Civil Veterinary Department Bihar reports 1940-50 - 1940-1950
Year: 1940
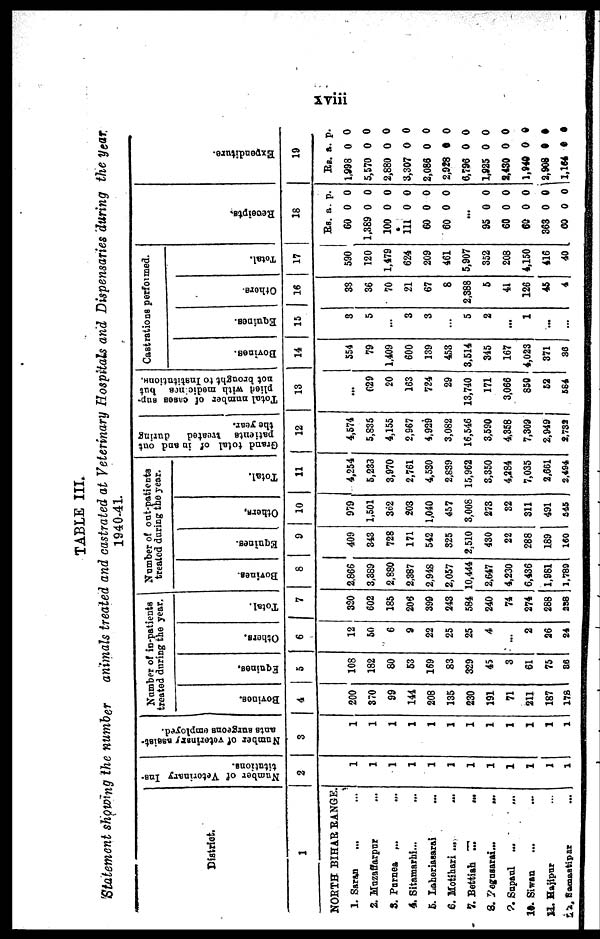
xviii
TABLE III.
Statement showing the number
animals treated and castrated at Veterinary Hospitals and Dispensaries during the year.
1940-41.
District.
1
NORTH BIHAR RANGE.
1. Saran
... …
2. Muzaffarpur …
3. Purnea … …
4. Sitamarhi... …
5. Laheriasarai …
6. Motihari ... …
7. Bettiah ...
...
8. Begusarai... …
9. Supaul …
10. Siwan … …
11. Hajipur …
12. Samastipur …
Number of Veterinary Ins-
titutions.
2
1
1
1
1
1
1
1
1
1
1
1
1
Number of veterinary assist-
ants surgeons employed.
3
1
1
1
1
1
1
1
1
1
1
1
1
Number of in-patients
treated during the year.
Bovines
4
200
370
99
144
208
135
230
191
71
211
187
178
Equines.
5
108
182
80
53
169
83
329
45
3
61
75
86
Others.
6
12
50
6
9
22
25
25
4
…
2
26
24
Total.
7
320
602
185
206
399
243
584
240
74
274
288
358
Number of out-patients
treated during the year.
Bovines
8
2.866
3,389
2,880
2,387
2,948
2,057
10,444
2,647
4,230
6,436
1,981
1,789
Equines.
9
409
343
728
171
542
325
2,510
430
22
288
189
160
Others.
10
979
1,501
362
203
1,040
457
3,008
273
32
311
491
345
Total.
11
4,254
5,233
3,970
2,761
4,530
2,839
15,962
3,350
4,284
7,035
2,661
2,494
Grand total of in and out
patients
treated
during
the year.
12
4,574
5,835
4,155
2,967
4,929
3,082
16,546
3,590
4,358
7,309
2,949
2,732
Total number of cases sup-
plied with medicines but
not brought to InatitatiouH.
13
...
629
20
163
724
29
13,740
171
3,066
850
52
684
Castrations performed.
Bovines.
14
554
79
1,409
600
139
453
3,514
345
167
4,023
371
86
Equines.
15
3
5
...
3
3
…
5
2
...
1
…
…
Others.
16
33
36
70
21
67
8
2,388
5
41
126
45
4
Total.
17
590
120
1,479
624
209
461
5,907
352
208
4,150
416
40
Receipts.
18
Rs. a. p.
60 0 0
1,389 0 0
100 0 0
111 0 0
60 0 0
60 0 0
...
95 0 0
60 0 0
60 0 0
363 0 0
00 0 0
Expe ndit ur e .
19
Rs. a. p.
1,998 0 0
5,570 0 0
2,880 0 0
3,307 0 0
2,086 0 0
2,928 0 0
6,796 0 0
1,925 0 0
2,430 0 0
1,940 0 0
2,908 0 0
1,164 0 0